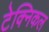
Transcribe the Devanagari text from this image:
टेक्‍िनकल